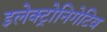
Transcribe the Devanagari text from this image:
इलेक्ट्रोनिगेटिव